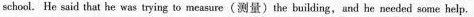
school. He said that he was trying to measure(测量)the building, and he needed some help,